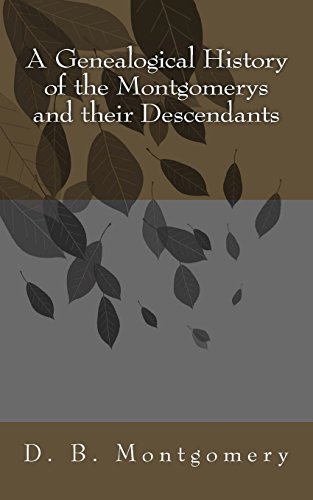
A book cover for A Genealogical History of the Montgomerys and their Descendants; D. B. Montgomery; Parenting & Relationships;